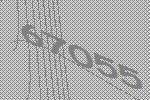
67055